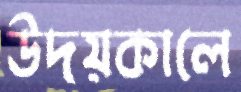
উদয়কালে